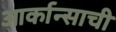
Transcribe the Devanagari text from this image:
आर्कान्साची